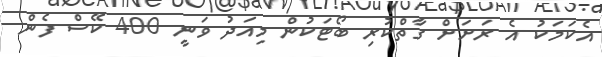
އެކަމަކު އެ ރަށަށް ގާތްކުރި ބޯޓަކުން މިއަދު ވަނީ 400 ކޭސް ފެން